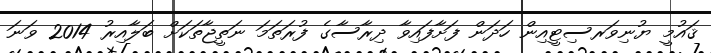
ޤައުމީ ޔުނިވަރސިޓީއިން ހަދަން ފަށާފައިވާ ދިރާސާގެ ފުރަތަމަ ނަތީޖާތަކަށް ބަލާއިރު 2014 ވަނަ